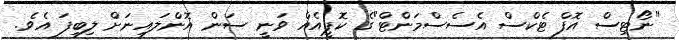
"ނޯޓިސް އޮފް ޓެކްސް އެސެސްމަންޓް"ގެ ކޮޕީއެއް ވަނީ ސަން އޮންލައިނަށް ލިބިފަ އެވެ.